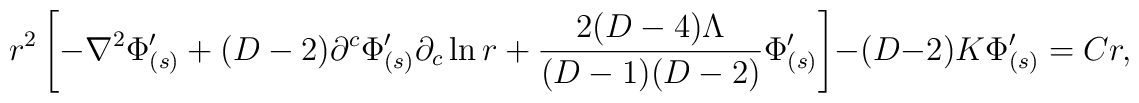
r^2\left[-\nabla^2\Phi'_{(s)} 	+ (D-2)\partial^c\Phi'_{(s)}\partial_c\ln r 	+ \frac{2(D-4)\Lambda}{(D-1)(D-2)}\Phi'_{(s)}\right]	-(D-2)K\Phi'_{(s)} = Cr,